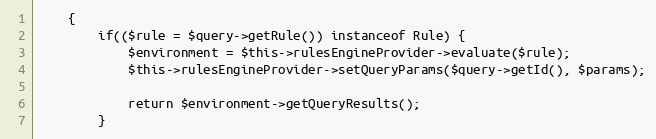
Language: PHP
    {
        if(($rule = $query->getRule()) instanceof Rule) {
            $environment = $this->rulesEngineProvider->evaluate($rule);
            $this->rulesEngineProvider->setQueryParams($query->getId(), $params);

            return $environment->getQueryResults();
        }